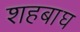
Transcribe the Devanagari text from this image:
शहबाघ